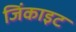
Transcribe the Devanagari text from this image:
जिंकाइट